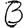
Digit: 3